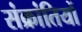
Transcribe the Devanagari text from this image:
संक्रांतियों